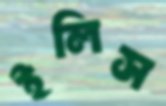
ইলিস